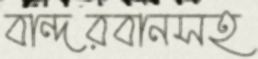
বান্দরবানসহ